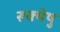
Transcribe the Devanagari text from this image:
रूक्मेषु